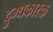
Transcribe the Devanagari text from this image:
दुग्धकारक